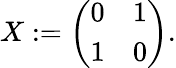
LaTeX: X:={\left(\begin{array}{ll}{0}&{1}\\ {1}&{0}\end{array}\right)}.